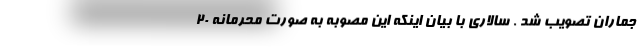
جماران تصویب شد . سالاری با بیان اینکه این مصوبه به صورت محرمانه ۲۰